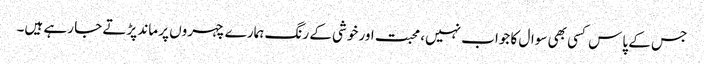
جس کے پاس کسی بھی سوال کا جواب نہیں، محبت اور خوشی کے رنگ ہمارے چہروں پر ماند پڑتے جا رہے ہیں۔